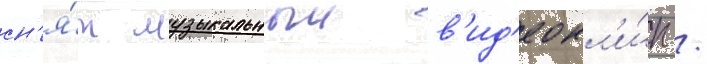
сн'я́т музыкальныи в'ид'еокл'и́п /